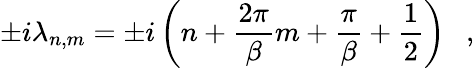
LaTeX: \pm i\lambda_{n,m}=\pm i\left(n+{\frac{2\pi}{\beta}}m+{\frac{\pi}{\beta}}+{\frac{1}{2}}\right)~~~,